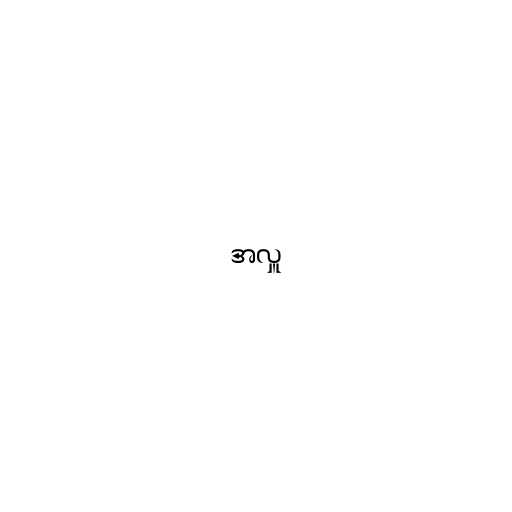
အလှူ